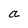
Character: t